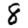
Digit: 8